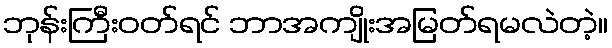
ဘုန်းကြီးဝတ်ရင် ဘာအကျိုးအမြတ်ရမလဲတဲ့။